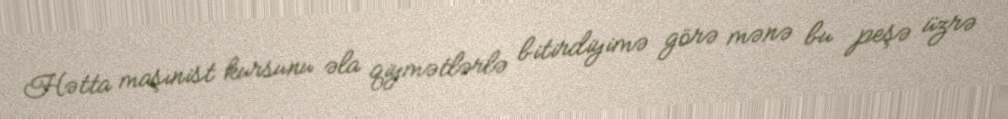
Hətta maşınist kursunu əla qiymətlərlə bitirdiyimə görə mənə bu peşə üzrə